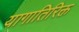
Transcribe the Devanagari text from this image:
यागातिरिक्त